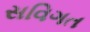
સવિગત